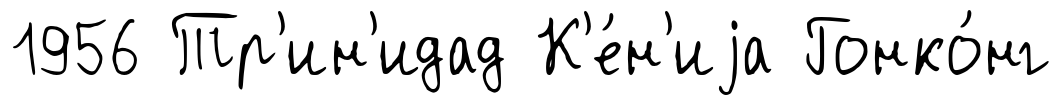
1956 Тр'ин'идад К'е́н'иjа Гонко́нг